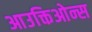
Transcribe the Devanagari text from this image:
आउक्तिओन्स